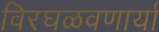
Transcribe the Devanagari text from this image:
विरघळवणार्या